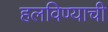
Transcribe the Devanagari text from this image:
हलविण्याची